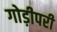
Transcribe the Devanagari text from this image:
गोड़ीपरी